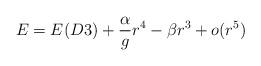
LaTeX: \begin{align*}E=E(D3)+\frac{\alpha}{g} r^4-\beta r^3+o(r^5)\end{align*}